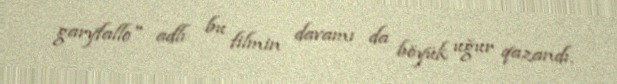
garyfallo" adlı bu filmin davamı da böyük uğur qazandı.